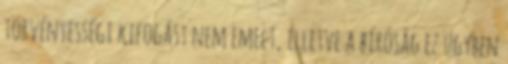
törvényességi kifogást nem emelt, illetve a bíróság ez ügyben